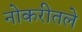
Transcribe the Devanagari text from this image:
नोकरीतले